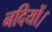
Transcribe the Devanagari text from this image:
नदियों।